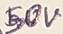
Text: 50V